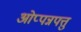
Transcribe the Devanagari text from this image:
ओप्पन्नपत्तु